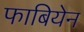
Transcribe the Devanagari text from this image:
फाबियेन